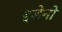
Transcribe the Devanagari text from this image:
झ्डेनो